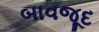
બાવજૂદ